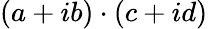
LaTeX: \left(a+ib\right)\cdot\left(c+id\right)